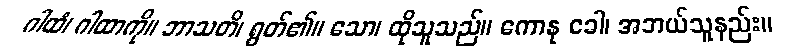
ဂါထံ၊ ဂါထာကို။ ဘာသတိ၊ ရွတ်၏။ သော၊ ထိုသူသည်။ ကောနု ခေါ၊ အဘယ်သူနည်း။